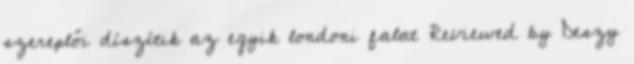
szereplői díszítik az egyik londoni falat Reviewed by Deszy